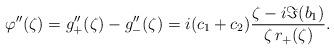
LaTeX: \begin{align*}\varphi''(\zeta) = g_+''(\zeta) - g_-''(\zeta) = i (c_1+c_2) \frac{\zeta - i \Im(b_1)}{\zeta \, r_+(\zeta)}.\end{align*}